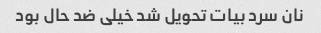
نان سرد بیات تحویل شد خیلی ضد حال بود